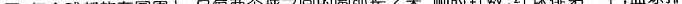
圈，每个球都放在圆周上，且每两个球之间的圆弧长2米.顺时针数，红球排第一个，蓝球排